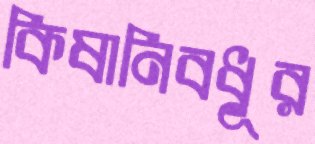
কিষানিবধূর